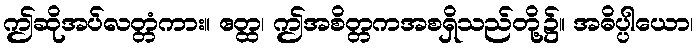
ဤဆိုအပ်လတ္တံကား။ ဧတ္ထ၊ ဤအစိတ္တကအစရှိသည်တို့၌။ အဓိပ္ပါယော၊